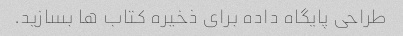
طراحی پایگاه داده برای ذخیره کتاب ها بسازید.